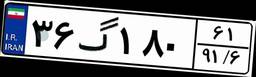
۳۶گ۱۸۰۶۱